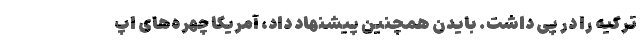
ترکیه را در پی داشت. بایدن همچنین پیشنهاد داد، آمریکا چهره‌های اپ